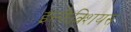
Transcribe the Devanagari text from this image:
इन्फेक्शियस